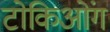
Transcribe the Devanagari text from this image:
टोकिओंग